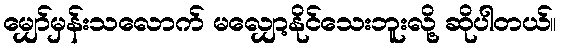
မျှော်မှန်းသလောက် မလျှော့နိုင်သေးဘူးလို့ ဆိုပါတယ်။